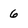
Character: 6